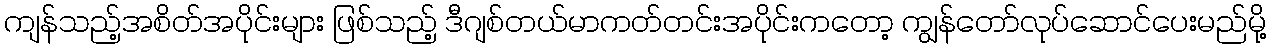
ကျန်သည့်အစိတ်အပိုင်းများ ဖြစ်သည့် ဒီဂျစ်တယ်မာကတ်တင်းအပိုင်းကတော့ ကျွန်တော်လုပ်ဆောင်ပေးမည်မို့